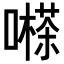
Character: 𡁽